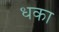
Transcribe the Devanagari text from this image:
धका